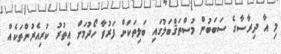
މި އާ ދިރާސާގެ ސަބަބުން މުސްތަޤްބަލުގައި ބަލިތަކަށް ފަރުވާ ހޯދުމަށް އިތުރު ކުރިއެރުންތަކެއް